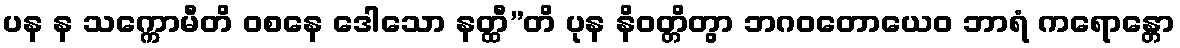
ပန န သက္ကောမီတိ ဝစနေ ဒေါသော နတ္ထီ”တိ ပုန နိဝတ္တိတွာ ဘဂဝတောယေဝ ဘာရံ ကရောန္တော